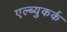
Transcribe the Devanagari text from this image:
एल्ब्युकर्क